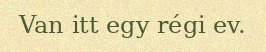
Van itt egy régi ev.